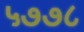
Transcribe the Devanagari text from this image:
५७७८